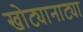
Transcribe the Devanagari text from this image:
खोट्यानाट्या